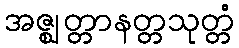
အဇ္ဈတ္တာနတ္တသုတ္တံ